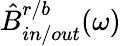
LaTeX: \hat{B}_{in/out}^{r/b}(\omega)